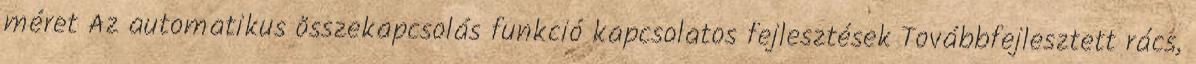
méret Az automatikus összekapcsolás funkció kapcsolatos fejlesztések Továbbfejlesztett rács,